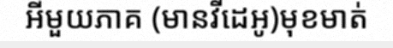
អីមួយភាគ (មានវីដេអូ)មុខមាត់